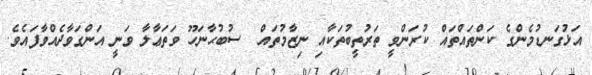
އަޅުގަނޑުމެންގެ ކަންތައްތައް ކުރަންވީ ތަރުތީބުތަކާއި ނިޒާމުތައް  ސުބުޙާނަހޫ ވަތަޢާލާ ވަނީ އަންގަވާދެއްވާފައެވެ.